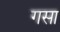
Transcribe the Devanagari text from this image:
गसा